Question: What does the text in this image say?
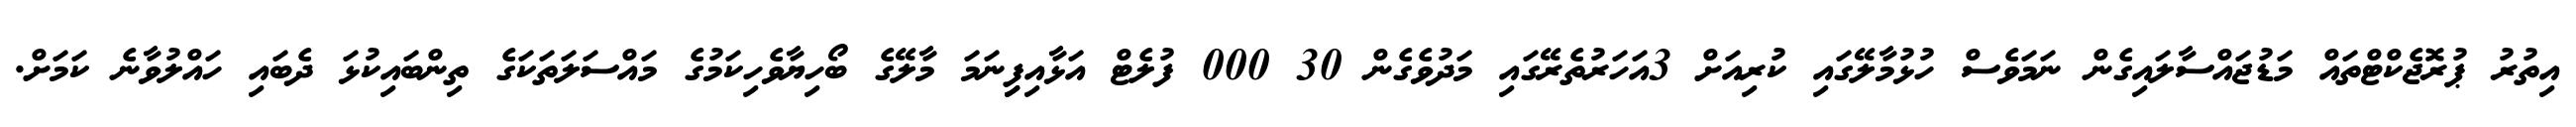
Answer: އިތުރު ޕުރޮޖެކްޓްތައް މަޑުޖައްސާލައިގެން ނަމަވެސް ހުޅުމާލޭގައި ކުރިއަށް 3އަހަރުތެރޭގައި މަދުވެގެން 30 000 ފުލެޓް އަޅާއިފިިނަމަ މާލޭގެ ބޯހިޔާވެހިކަމުގެ މައްސަލަތަކަގެ ތިންބައިކުޅަ ދެބައި ހައްލުވާނެ ކަމަށް.